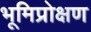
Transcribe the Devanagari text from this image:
भूमिप्रोक्षण